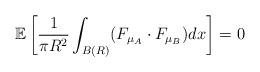
LaTeX: \begin{align*} \mathbb{E}\left[\frac{1}{\pi R^2}\int_{B(R)}(F_{\mu_A}\cdot F_{\mu_B})dx\right]= 0 \end{align*}